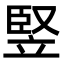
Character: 竪